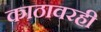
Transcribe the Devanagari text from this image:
काठावरही